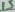
Text: 15